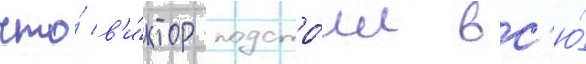
что́ в'и́ктор подстро́ил вс'ю́